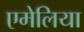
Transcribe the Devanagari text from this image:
एमेलिया